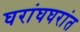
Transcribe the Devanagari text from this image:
घरांघघरांत